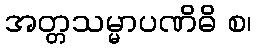
အတ္တသမ္မာပဏိဓိ စ၊